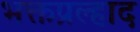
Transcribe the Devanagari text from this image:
भक्तप्रल्हाद